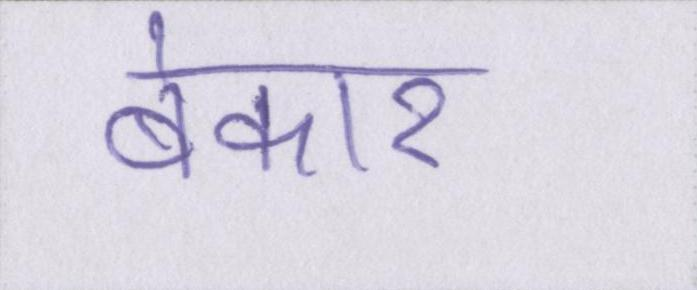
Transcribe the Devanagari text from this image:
बेकार